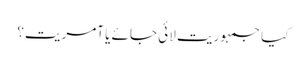
کیا جمہوریت لائی جائے یا آمریت؟